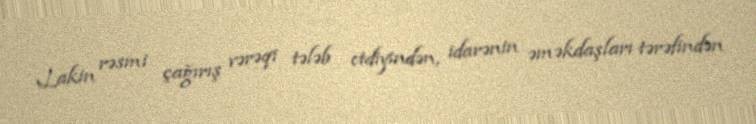
Lakin rəsmi çağırış vərəqi tələb etdiyindən, idarənin əməkdaşları tərəfindən